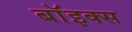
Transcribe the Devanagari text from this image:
बाॅइक्स